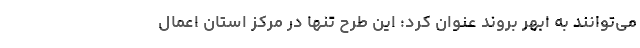
می‌توانند به ابهر بروند عنوان کرد: این طرح تنها در مرکز استان اعمال